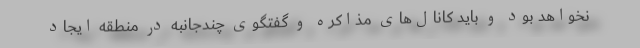
نخواهد بود و باید کانال‌های مذاکره و گفتگوی چندجانبه در منطقه ایجاد